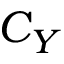
C _ { Y }